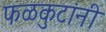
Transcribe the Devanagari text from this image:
फळकुटांनी